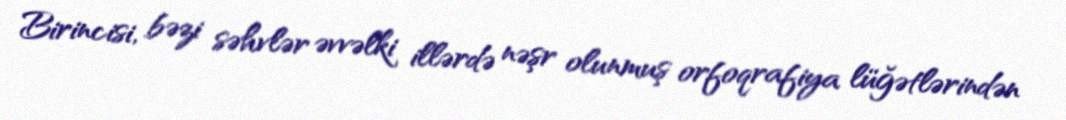
Birincisi, bəzi səhvlər əvvəlki illərdə nəşr olunmuş orfoqrafiya lüğətlərindən